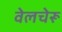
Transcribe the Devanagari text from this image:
वेलचेरू